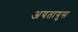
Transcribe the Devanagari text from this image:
अयतायुस